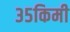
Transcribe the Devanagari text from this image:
३५किमी